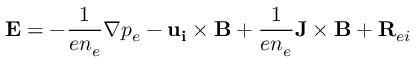
{ \bf { E } } = - \frac { 1 } { e n _ { e } } \nabla p _ { e } - { \bf { u _ { i } \times B } } + \frac { 1 } { e n _ { e } } { \bf { J \times B } } + { \bf { R } } _ { e i }